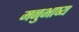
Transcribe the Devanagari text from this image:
मनुभाष्य